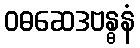
ဝဓဆေဒဗန္ဓနံ